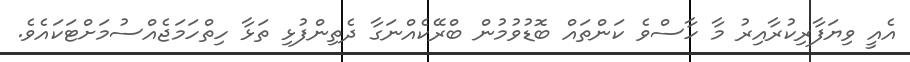
އެއީ ވިޔަފާރިކުރާއިރު މާ ހާސްވެ ކަންތައް ބޮޑުވުމުން ބްރޭކެއްނަގާ ދެތިންފުޅި ތަޅާ ހިތްހަމަޖެއްސުމަށްޓަކައެވެ.